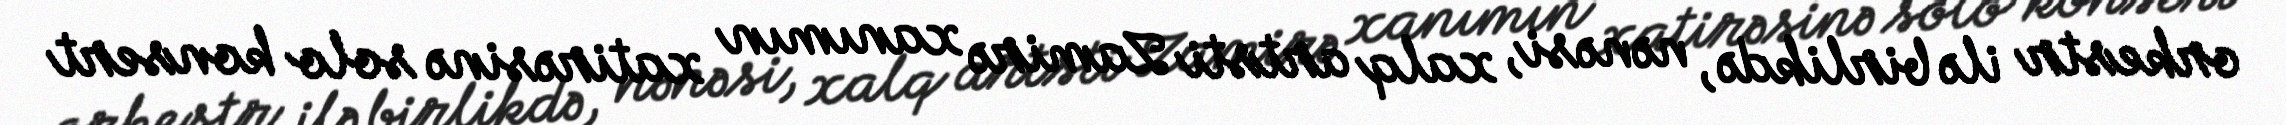
orkestr ilə birlikdə, nənəsi, xalq artsti Zamirə xanımın xatirəsinə solo konsert